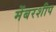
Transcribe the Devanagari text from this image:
मेंबरशीप